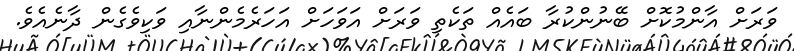
ވަރަށް އާންމުކޮށް ބޭނުންކުރާ ބައެއް ތަކެތި ވަރަށް އަވަހަށް އަހަރެމެންނާއި ވަކިވެގެން ދާނެއެވެ.